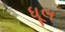
ધૂલ